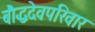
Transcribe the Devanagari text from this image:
बौद्धदेवपरिवार